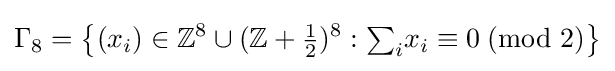
\Gamma _{8}=\left\{(x_{i})\in \mathbb {Z} ^{8}\cup (\mathbb {Z} +{\tfrac {1}{2}})^{8}:{\textstyle \sum _{i}}x_{i}\equiv 0\;({\mbox{mod }}2)\right\}